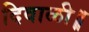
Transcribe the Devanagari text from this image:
दिवाळी॥